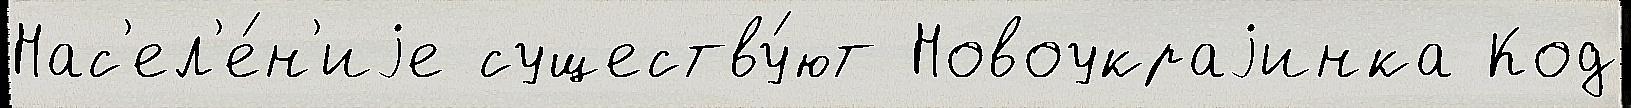
Нас'ел'е́н'иjе существу́ют Новоукраjинка Код